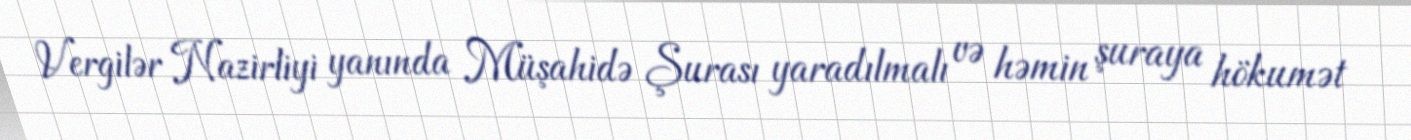
Vergilər Nazirliyi yanında Müşahidə Şurası yaradılmalı və həmin şuraya hökumət